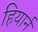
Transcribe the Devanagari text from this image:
हियार्न